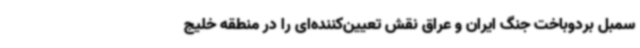
سمبل بردوباخت جنگ ایران و عراق نقش تعیین‌کننده‌ای را در منطقه خلیج